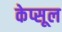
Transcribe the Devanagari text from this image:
केप्सूल